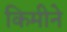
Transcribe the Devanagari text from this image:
किमीने